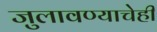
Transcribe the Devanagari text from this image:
जुलावण्याचेही